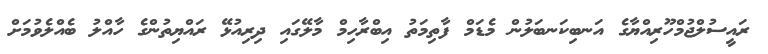
ރައީސުލްޖުމްހޫރިއްޔާގެ އަނބިކަނބަލުން މެޑަމް ފާތިމަތު އިބްރާހިމް މާލޭގައި ދިރިއުޅޭ ރައްޔިތުންގެ ހާއްލު ބެއްލެވުމަށް